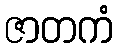
ဇာတကံ